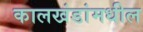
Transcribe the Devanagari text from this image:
कालखंडांमधील